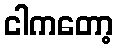
ငါကတော့